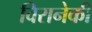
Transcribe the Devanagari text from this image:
विरानेकी